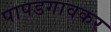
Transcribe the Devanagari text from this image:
पापडगावकर